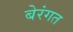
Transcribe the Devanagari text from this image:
बेरंगत